Vital statistics of India. Vol. V, Reports of 1876 on armies & jails and on epidemic cholera
Year: 1876
Disease focus: Cholera
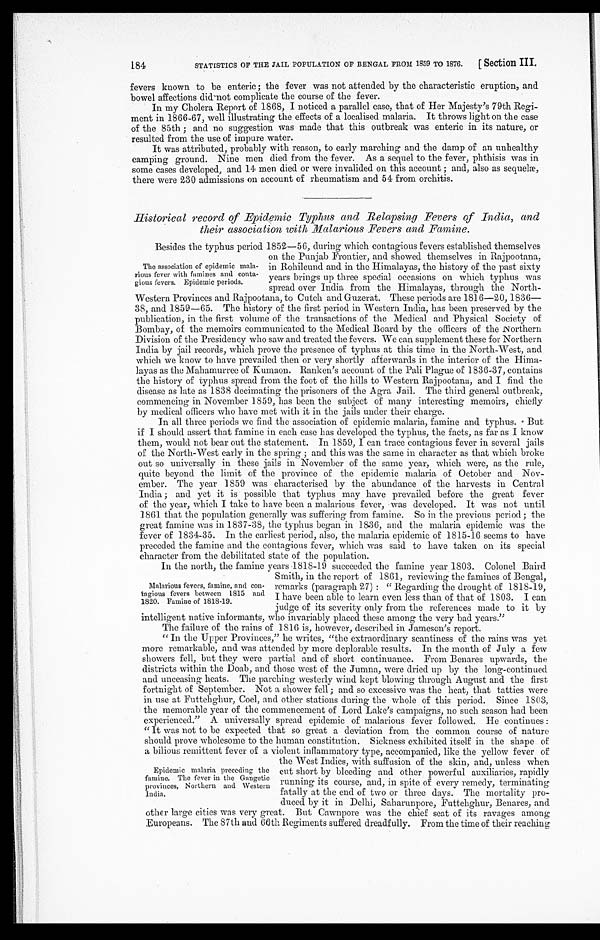
184
STATISTICS OF THE JAIL POPULATION OF BENGAL FROM 1859 TO 1876.
[ Section III.
fevers known to be enteric ; the fever was not attended by the characteristic eruption, and
bowel affections did not complicate the course of the fever.
In my Cholera Report of 1868, I noticed a parallel case, that of Her Majesty's 79th Regi-
ment in 1866-67, well illustrating the effects of a localised malaria. It throws light on the case
of the 85th ; and no suggestion was made that this outbreak was enteric in its nature, or
resulted from the use of impure water.
It was attributed, probably with reason, to early marching and the damp of an unhealthy
camping ground. Nine men died from the fever. As a sequel to the fever, phthisis was in
some cases developed, and 14 men died or were invalided on this account ; and, also as sequelæ,
there were 230 admissions on account of rheumatism and 54 from orchitis.
Historical record of Epidemic Typhus and Relapsing Fevers of India, and
their association with Malarious Fevers and Famine.
Besides the typhus period 1852—56, during which contagious fevers established themselves
on the Punjab Frontier, and showed themselves in Rajpootana,
in Rohilcund and in the Himalayas, the history of the past sixty
years brings up three special occasions on which typhus was
spread over India from the Himalayas, through the North-
Western Provinces and Rajpootana, to Catch and Guzerat. These periods are 1816—20, 1836
—
38, and 1859—65. The history of the first period in Western India, has been preserved by the
publication, in the first volume of the transactions of the Medical and Physical Society of
Bombay, of the memoirs communicated to the Medical Board by the officers of the Northern.
Division of the Presidency who saw and treated the fevers. We can supplement these for Northern
India by jail records, which prove the presence of typhus at this time in the North-West, and
which we know to have prevailed then or very shortly afterwards in the interior of the Hima-
layas as the Mahamurree of Kumaon. Ranken's account of the Pali Plague of 1836-37, contains
the history of typhus spread from the foot of the hills to Western Rajpootana, and I find the
disease as late as 1838 decimating the prisoners of the Agra Jail. The third general outbreak,
commencing in November 1859, has been the subject of many interesting memoirs, chiefly
by medical officers who have met with it in the jails under their charge.
In all three periods we find the association of epidemic malaria, famine and typhus. But
if I should assert that famine in each case has developed the typhus, the facts, as far as I know
them, would not bear out the statement. In 1859, I can trace contagious fever in several jails
of the North-West early in the spring ; and this was the same in character as that which broke
out so universally in these jails in November of the same year, which were, as the rule,
quite beyond the limit of the province of the epidemic malaria of October and Nov-
ember. The year 1859 was characterised by the abundance of the harvests in Central
India ; and yet it is possible that typhus may have prevailed before the great fever
of the year, which I take to have been a malarious fever, was developed. It was not until
1861 that the population generally was suffering from famine. So in the previous period ; the
great famine was in 1837-38, the typhus began in 1836, and the malaria epidemic was the
fever of 1834-35. In the earliest period, also, the malaria epidemic of 1815-16 seems to have
preceded the famine and the contagious fever, which was said to have taken on its special
character from the debilitated state of the population.
In the north, the famine years 1818-19 succeeded the famine year 1803. Colonel Baird
Smith, in the report of 1861, reviewing the famines of Bengal,
remarks (paragraph 27) : " Regarding the drought of 1818-19,
I have been able to learn even less than of that of 1803. I can
judge of its severity only from the references made to it by
intelligent native informants, who invariably placed these among the very bad years."
The failure of the rains of 1816 is, however, described in Jameson's report.
"In the Upper Provinces," he writes, "the extraordinary scantiness of the rains was yet
more remarkable, and was attended by more deplorable results. In the month of July a few
showers fell, but they were partial and of short continuance. From Benares upwards, the
districts within the Doab, and those west of the Jumna, were dried up by the long-continued
and unceasing heats. The parching westerly wind kept blowing through August and the first
fortnight of September. Not a shower fell ; and so excessive was the heat, that tatties were
in use at Futtehghur, Coel, and other stations during the whole of this period. Since 1803,
the memorable year of the commencement of Lord Lake's campaigns, no such season had been
experienced." A universally spread epidemic of malarious fever followed. He continues :
"It was not to be expected that so great a deviation from the common course of nature
should prove wholesome to the human constitution. Sickness exhibited itself in the shape of
a bilious remittent fever of a violent inflammatory type, accompanied, like the yellow fever of
the West Indies, with suffusion of the skin, and, unless when
cut short by bleeding and other powerful auxiliaries, rapidly
running its course, and, in spite of every remedy, terminating
fatally at the end of two or three days. The mortality pro-
duced by it in Delhi, Saharunpore, Futtehghur, Benares, and
other large cities was very great. But Cawnpore was the chief seat of its ravages among
Europeans. The 87th and 66th Regiments suffered dreadfully. From the time of their reaching
The association of epidemic male-
rious fever with famines and conta-
gious fevers. Epidemic periods.
Malarious fevers, famine, and con-
tagious fevers between 1815 and
1820. Famine of 1818-19.
Epidemic malaria preceding the
famine. The fever in the Gangetic
provinces, Northern and Western
India.